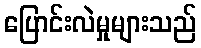
ပြောင်းလဲမှုများသည်